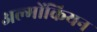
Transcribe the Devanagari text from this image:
अल्गोंकियन